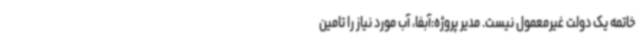
خاتمه یک دولت غیرمعمول نیست. مدیر پروژه:آبفا، آب مورد نیاز را تامین